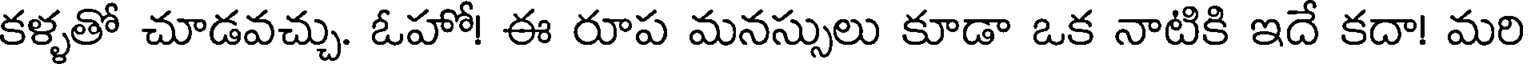
కళ్ళతో చూడవచ్చు. ఓహో! ఈ రూప మనస్సులు కూడా ఒక నాటికి ఇదే కదా! మరి